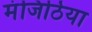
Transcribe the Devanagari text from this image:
मंजिठिया